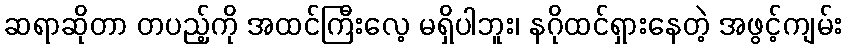
ဆရာဆိုတာ တပည့်ကို အထင်ကြီးလေ့ မရှိပါဘူး၊ နဂိုထင်ရှားနေတဲ့ အဖွင့်ကျမ်း